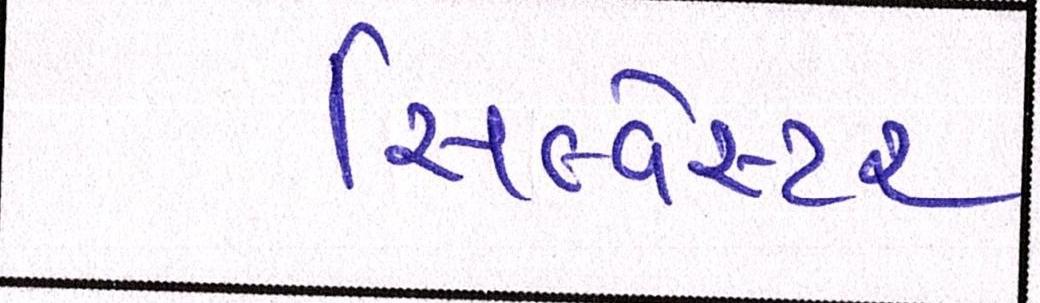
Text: સિલ્વેસ્ટર